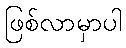
ဖြစ်လာမှာပါ